Vaccination United Provinces of Agra and Oudh 1902-1913 - 1902-1913
Year: 1902
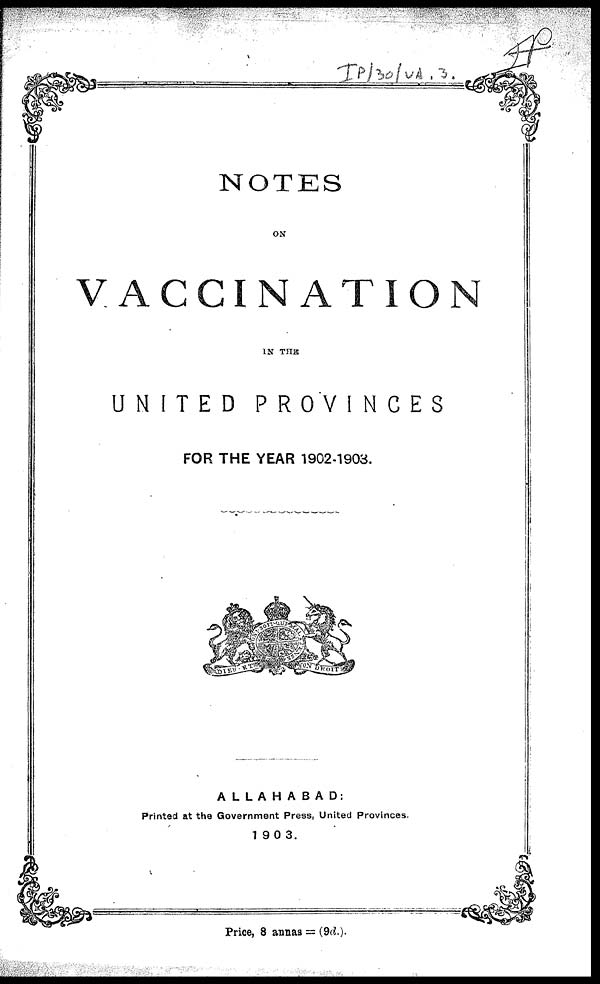
NOTES
ON
VACCINATION
IN THE
UNITED
PROVINCES
FOR THE YEAR 1902-1903.
ALLAHABAD:
Printed at the Government Press, United Provinces.
1903.
Price, 8 annas = (9d.).